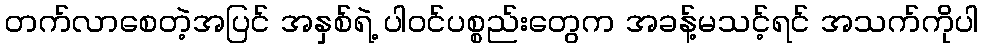
တက်လာစေတဲ့အပြင် အနှစ်ရဲ့ ပါဝင်ပစ္စည်းတွေက အခန့်မသင့်ရင် အသက်ကိုပါ